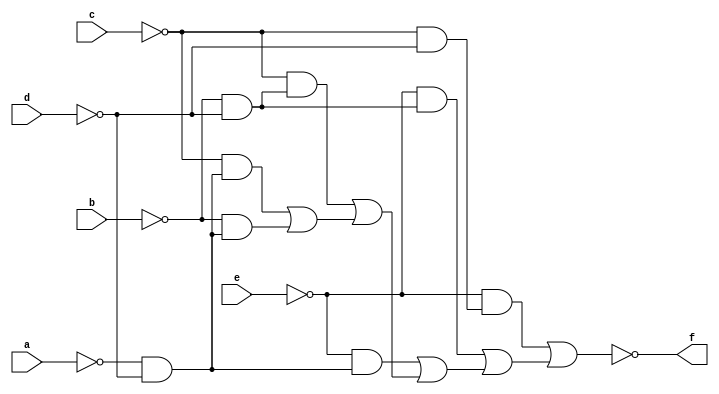
// IWLS benchmark module "traffic_cl" printed on Wed May 29 16:09:12 2002
module traffic_cl(a, b, c, d, e, f);
input
  a,
  b,
  c,
  d,
  e;
output
  f;
wire
  \[0] ,
  h;
assign
  \[0]  = ~h,
  f = \[0] ,
  h = (~e & (~c & ~d)) | ((~e & (~b & ~d)) | ((~e & (~a & ~d)) | ((~c & (~b & ~d)) | ((~c & (~a & ~d)) | (~b & (~a & ~d))))));
endmodule